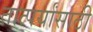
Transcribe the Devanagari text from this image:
तात्पर्यांसाठी